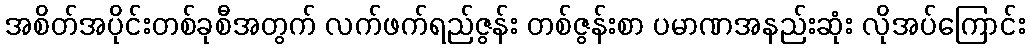
အစိတ်အပိုင်းတစ်ခုစီအတွက် လက်ဖက်ရည်ဇွန်း တစ်ဇွန်းစာ ပမာဏအနည်းဆုံး လိုအပ်ကြောင်း